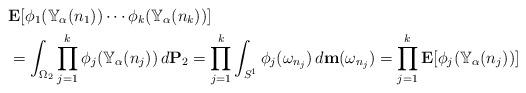
LaTeX: \begin{align*}&\mathbf{E} [\phi_1(\mathbb{Y}_\alpha(n_1)) \cdots \phi_k(\mathbb{Y}_\alpha(n_k))] \\&= \int_{\Omega_2} \prod_{j=1}^{k} \phi_j(\mathbb{Y}_\alpha(n_j)) \,d \mathbf{P}_2 = \prod_{j=1}^{k} \int_{S^1} \phi_j(\omega_{n_j}) \,d \mathbf{m} (\omega_{n_j}) = \prod_{j=1}^{k} \mathbf{E} [\phi_j(\mathbb{Y}_\alpha(n_j))]\end{align*}